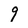
Character: 9